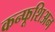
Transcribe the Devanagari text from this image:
कन्फूशिअन